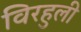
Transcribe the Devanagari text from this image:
विरहुली